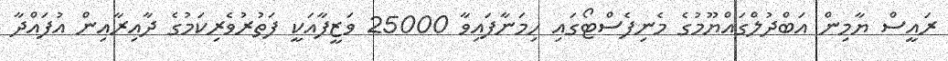
ރައީސް ޔާމިން އަބްދުލްގައްޔޫމުގެ މެނިފެސްޓޯގައި ހިމަނާފައިވާ 25000 ވަޒީފާއަކީ ފަތުރުވެރިކަމުގެ ދާއިރާއިން އުފައްދާ